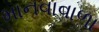
માનવાવાળા